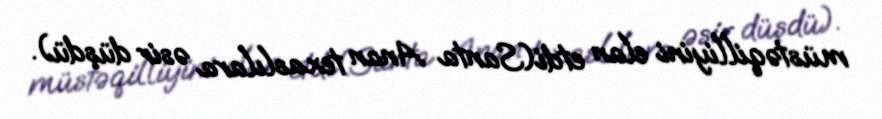
müstəqilliyini elan etdi(Santa Anan texaslılara əsir düşdü).